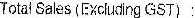
TOTAL SALES(EXCLUDING GST) :